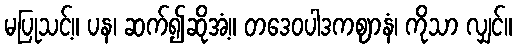
မပြုသင့်။ ပန၊ ဆက်၍ဆိုအံ့။ တဒေဝပါဒကဈာနံ၊ ကိုသာ လျှင်။